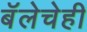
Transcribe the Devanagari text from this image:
बॅलेचेही